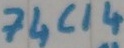
Text: 74C14